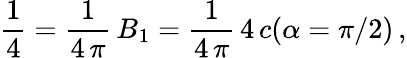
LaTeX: \frac{1}{4}=\frac{1}{4\, \pi}\, B_{1}=\frac{1}{4\, \pi}\, 4\, c(\alpha=\pi/2)\, {,}